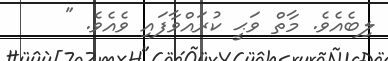
ލިބެއެވެ. މާތް ވަޙީ ކުރައްވާފައި ވެއެވެ. "